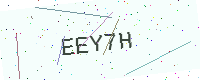
Text: EEY7H